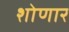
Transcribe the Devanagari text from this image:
शोणार